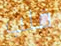
قلب